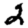
Digit: 2